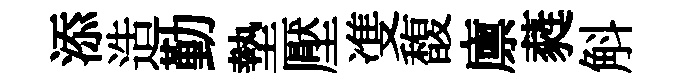
添造勤墊壓㕠馥廪蕤斛